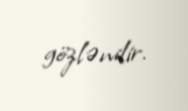
gözlənilir.